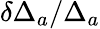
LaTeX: \delta\Delta_{a}/\Delta_{a}